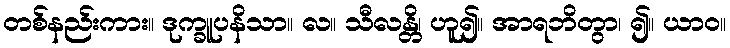
တစ်နည်းကား။ ဒုက္ခူပနိသာ။ လ။ သီလန္တိ၊ ဟူ၍။ အာရဘိတွာ၊ ၍။ ယာဝ။